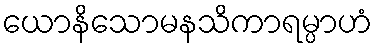
ယောနိသောမနသိကာရမ္ပာဟံ